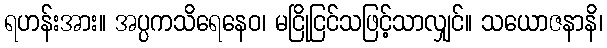
ရဟန်းအား။ အပ္ပကသိရေနေဝ၊ မငြိုငြင်သဖြင့်သာလျှင်။ သယောဇနာနိ၊